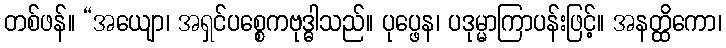
တစ်ဖန်။ “အယျော၊ အရှင်ပစ္စေကဗုဒ္ဓါသည်။ ပုပ္ဖေန၊ ပဒုမ္မာကြာပန်းဖြင့်။ အနတ္ထိကော၊